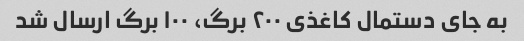
به جای دستمال کاغذى ٢٠٠ برگ، ١٠٠ برگ ارسال شد